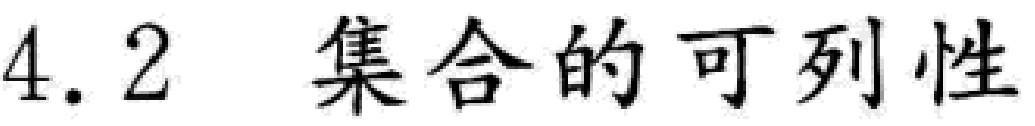
4.2 集合的可列性